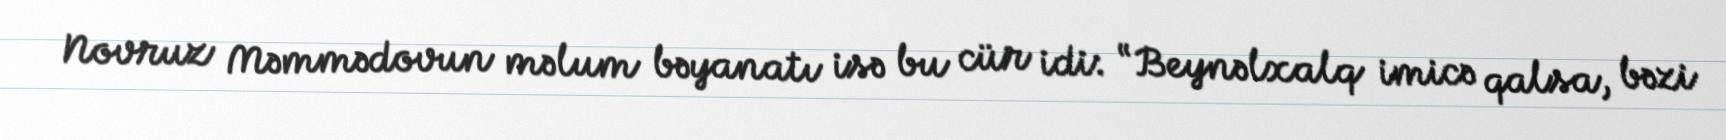
Novruz Məmmədovun məlum bəyanatı isə bu cür idi: “Beynəlxalq imicə qalsa, bəzi